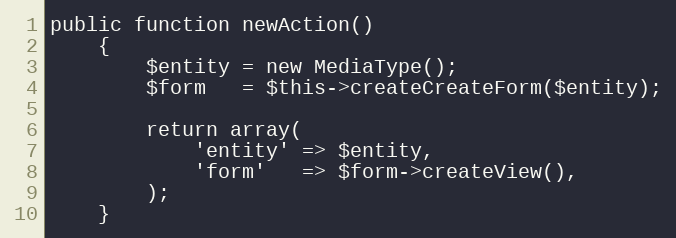
Language: PHP
public function newAction()
    {
        $entity = new MediaType();
        $form   = $this->createCreateForm($entity);

        return array(
            'entity' => $entity,
            'form'   => $form->createView(),
        );
    }